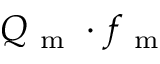
Q _ { \mathrm { ~ m ~ } } \cdot f _ { \mathrm { ~ m ~ } }